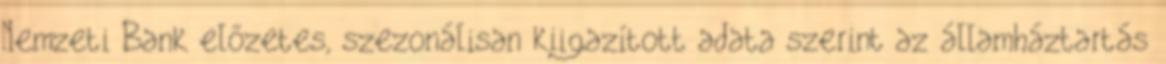
Nemzeti Bank előzetes, szezonálisan kiigazított adata szerint az államháztartás